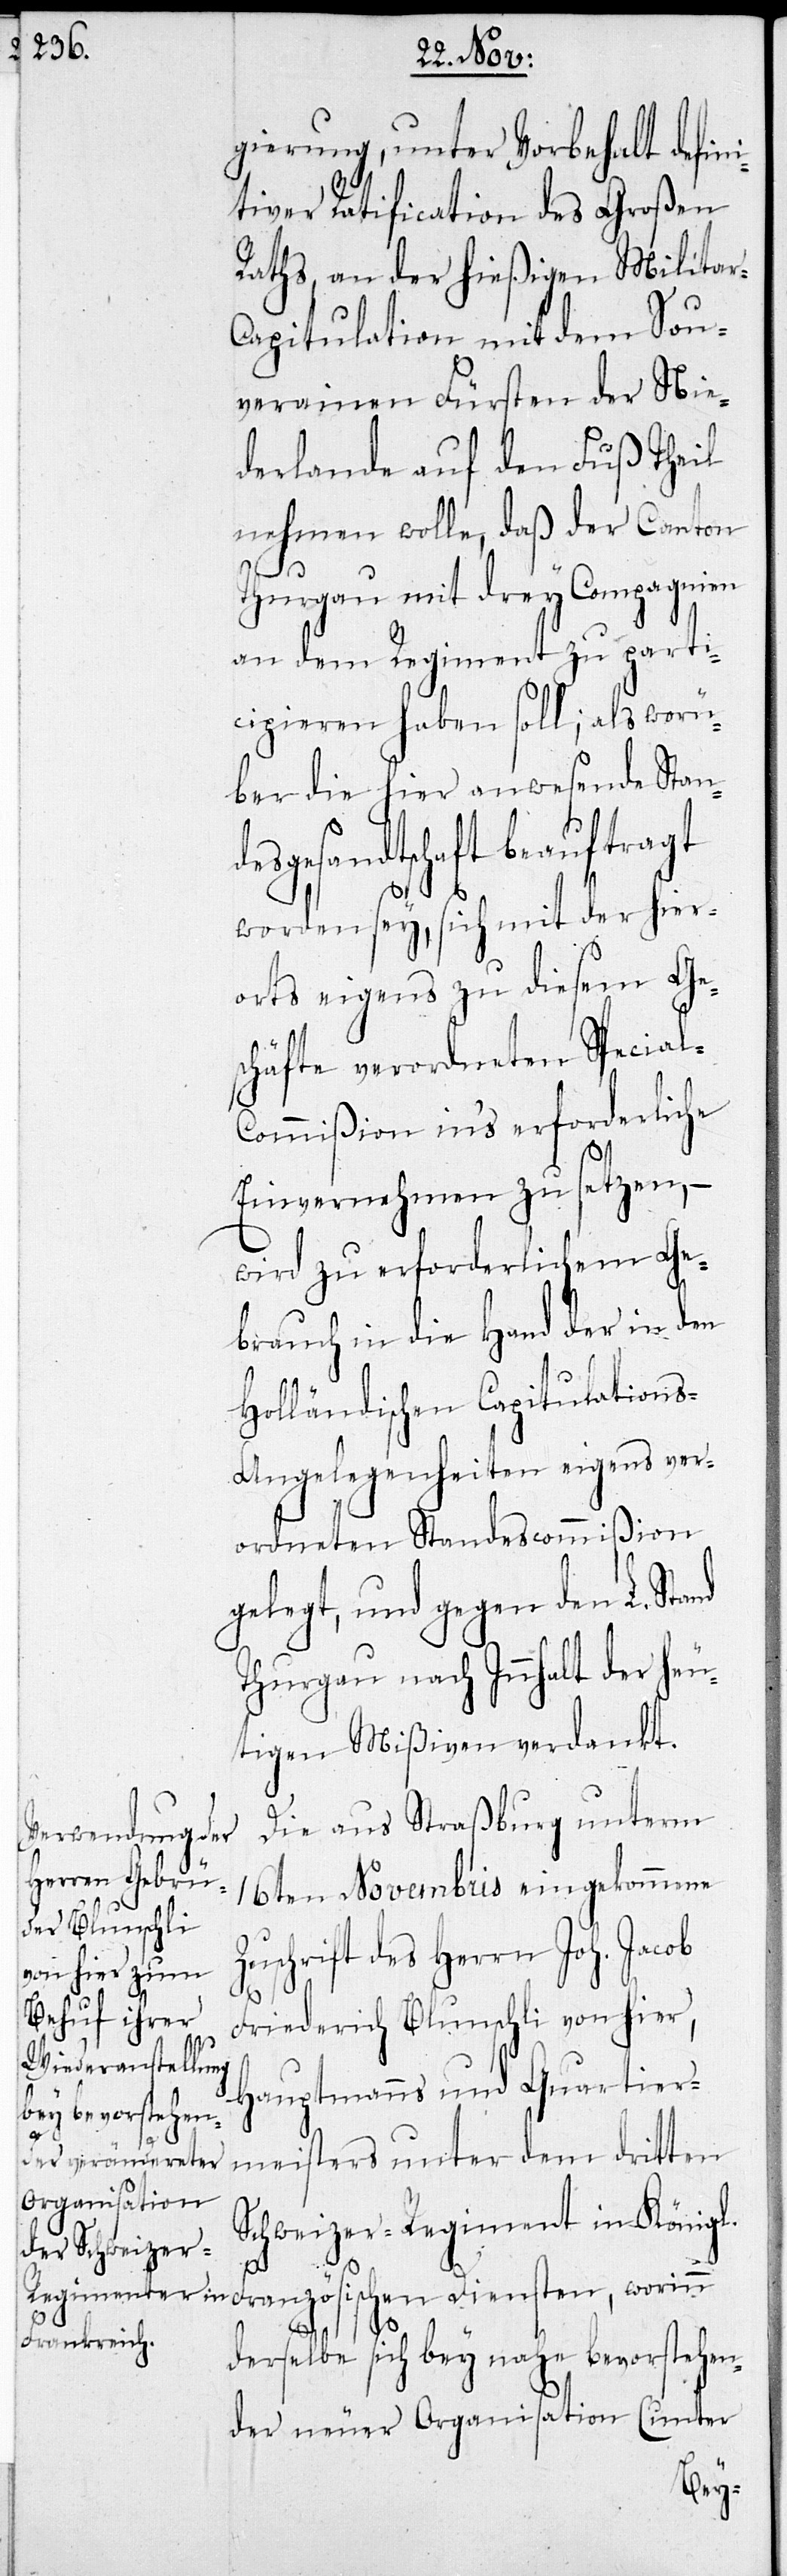
gierung, unter Vorbehalt defini¬
tiver Ratification des Großen
Raths, an der hießigen Milita¬
apitulation mit dem Sou¬
verainen Fürsten der Nie¬
derlande auf den Fuß Theil
nehmen wolle, daß der Canton
Thurgau mit drey Compagnien
an dem Regiment zu parti¬
cipieren haben soll; als worü¬
ber die hier anwesenden Stan¬
desgesandtschaft beauftragt
worden sey, sich mit der hier¬
orts eigens zu diesem Ges¬
chäfte verordneten Special-C¬
ommißion in‘s erforderliche
Einvernehmen zu setzen, –
wird zu erforderlichem Ge¬
brauch in die Hand der in den
Holländischen Capitulation¬
s-Angelegenheiten eigens ver¬
ordneten Standescommißion
gelegt, und gegen den L. Stand
Thurgau nach Innhalt der heu¬
tigen Mißiven verdankt.
Die aus Straßburg unterm
16ten Novembris eingekommene
uschrift des Herrn Joh. Jacob
Friedrich Blunschli von hier,
Hauptmanns und Quartier¬
Z¬
meisters unter dem dritten
Schweizer-Regiment in Königl.
derselbe sich bey nahe bevorstehen¬
der neuer Organisation (unter
r-C¬